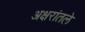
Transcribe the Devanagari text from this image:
अक्षरांतले